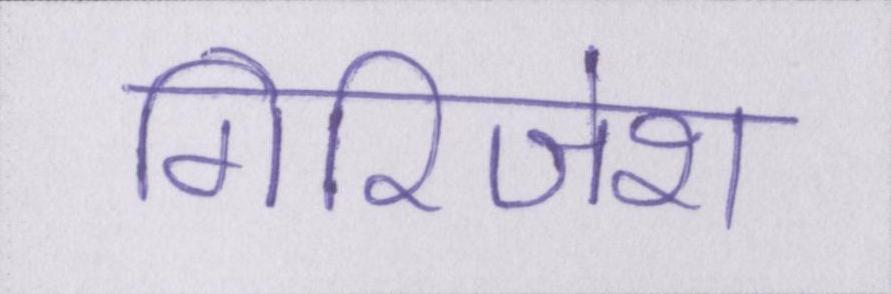
गिरिजेश